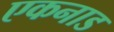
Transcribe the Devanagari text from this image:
एकनाड